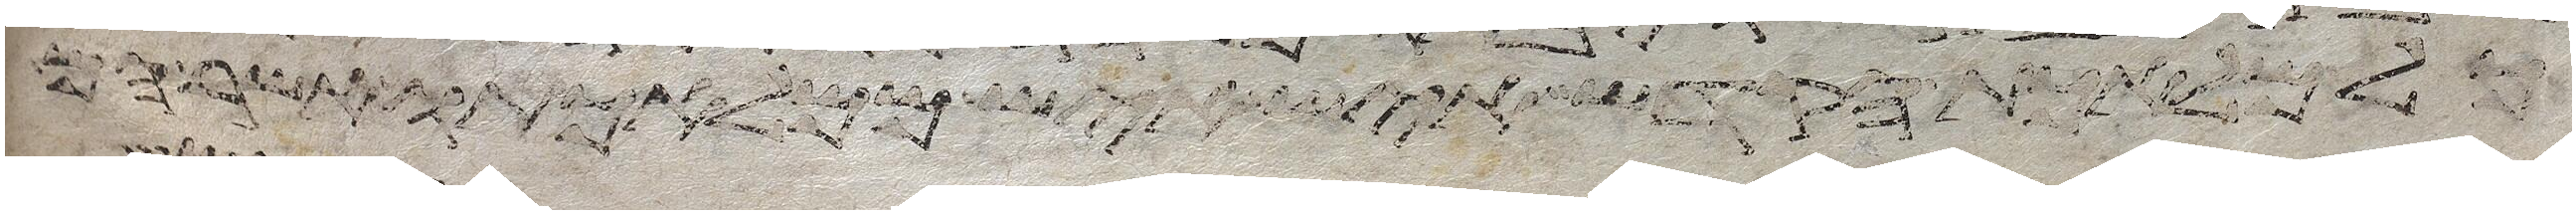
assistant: כל מלאכת הקדש איש איש ממלאכתו אשר הם